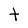
Character: t